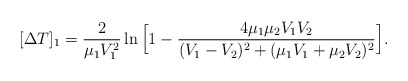
\begin{align*}[\Delta T]_{1} = {2 \over \mu_1 V_1^2 } \ln \Big[ 1 - { 4\mu_1 \mu_2 V_1 V_2 \over (V_1 - V_2)^2 + (\mu_1 V_1 + \mu_2 V_2)^2 }\Big] .\end{align*}